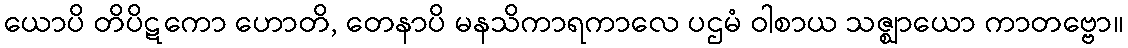
ယောပိ တိပိဋကော ဟောတိ, တေနာပိ မနသိကာရကာလေ ပဌမံ ဝါစာယ သဇ္ဈာယော ကာတဗ္ဗော။